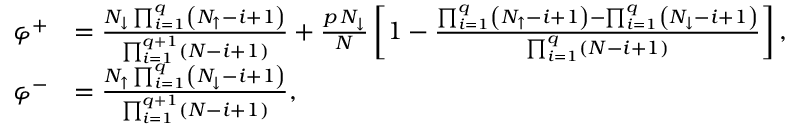
\begin{array} { r l } { \varphi ^ { + } } & { = \frac { N _ { \downarrow } \prod _ { i = 1 } ^ { q } \left( N _ { \uparrow } - i + 1 \right) } { \prod _ { i = 1 } ^ { q + 1 } \left( N - i + 1 \right) } + \frac { p \, N _ { \downarrow } } { N } \left[ 1 - \frac { \prod _ { i = 1 } ^ { q } \left( N _ { \uparrow } - i + 1 \right) - \prod _ { i = 1 } ^ { q } \left( N _ { \downarrow } - i + 1 \right) } { \prod _ { i = 1 } ^ { q } \left( N - i + 1 \right) } \right] , } \\ { \varphi ^ { - } } & { = \frac { N _ { \uparrow } \prod _ { i = 1 } ^ { q } \left( N _ { \downarrow } - i + 1 \right) } { \prod _ { i = 1 } ^ { q + 1 } \left( N - i + 1 \right) } , } \end{array}